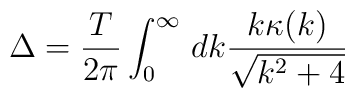
\Delta =\frac{T}{2\pi}\int_0^\infty\, dk \frac{k \kappa(k)}{ \sqrt{k^2+4}}